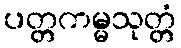
ပတ္တကမ္မသုတ္တံ